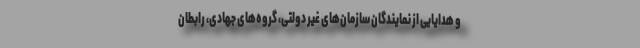
و هدایایی از نمایندگان سازمان‌های غیر دولتی، گروه‌های جهادی، رابطان